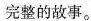
完整的故事。